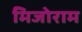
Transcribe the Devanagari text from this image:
मिजोराम